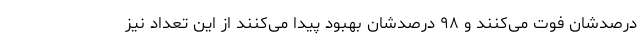
درصدشان فوت می‌کنند و ۹۸ درصدشان بهبود پیدا می‌کنند از این تعداد نیز